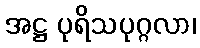
အဋ္ဌ ပုရိသပုဂ္ဂလာ၊